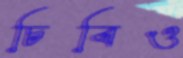
চিবিও